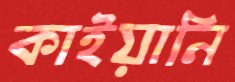
কাইয়ানি